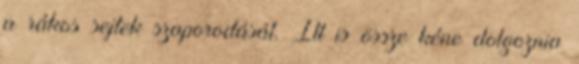
a rákos sejtek szaporodását. Itt is össze kéne dolgoznia